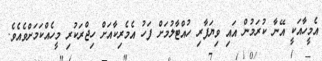
އެމީހާއަކީ އޭނާ ކުރަމުން އައި ވިޔަފާރި ހުއްޓާލުމަށް ފަހު އެމެރިކާއަށް ހިޖްރަކުރި މީހެއްކަމަށްވެއެވެ.